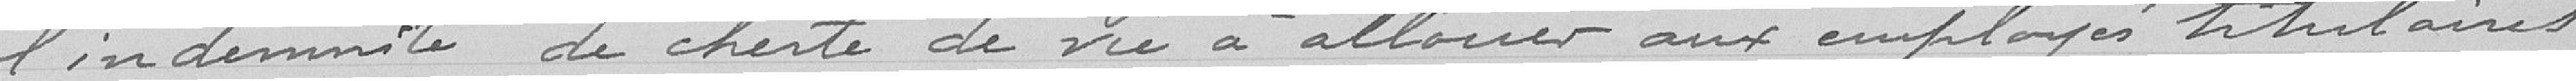
l'indemnité de cherté à allouer aux employés titulaires